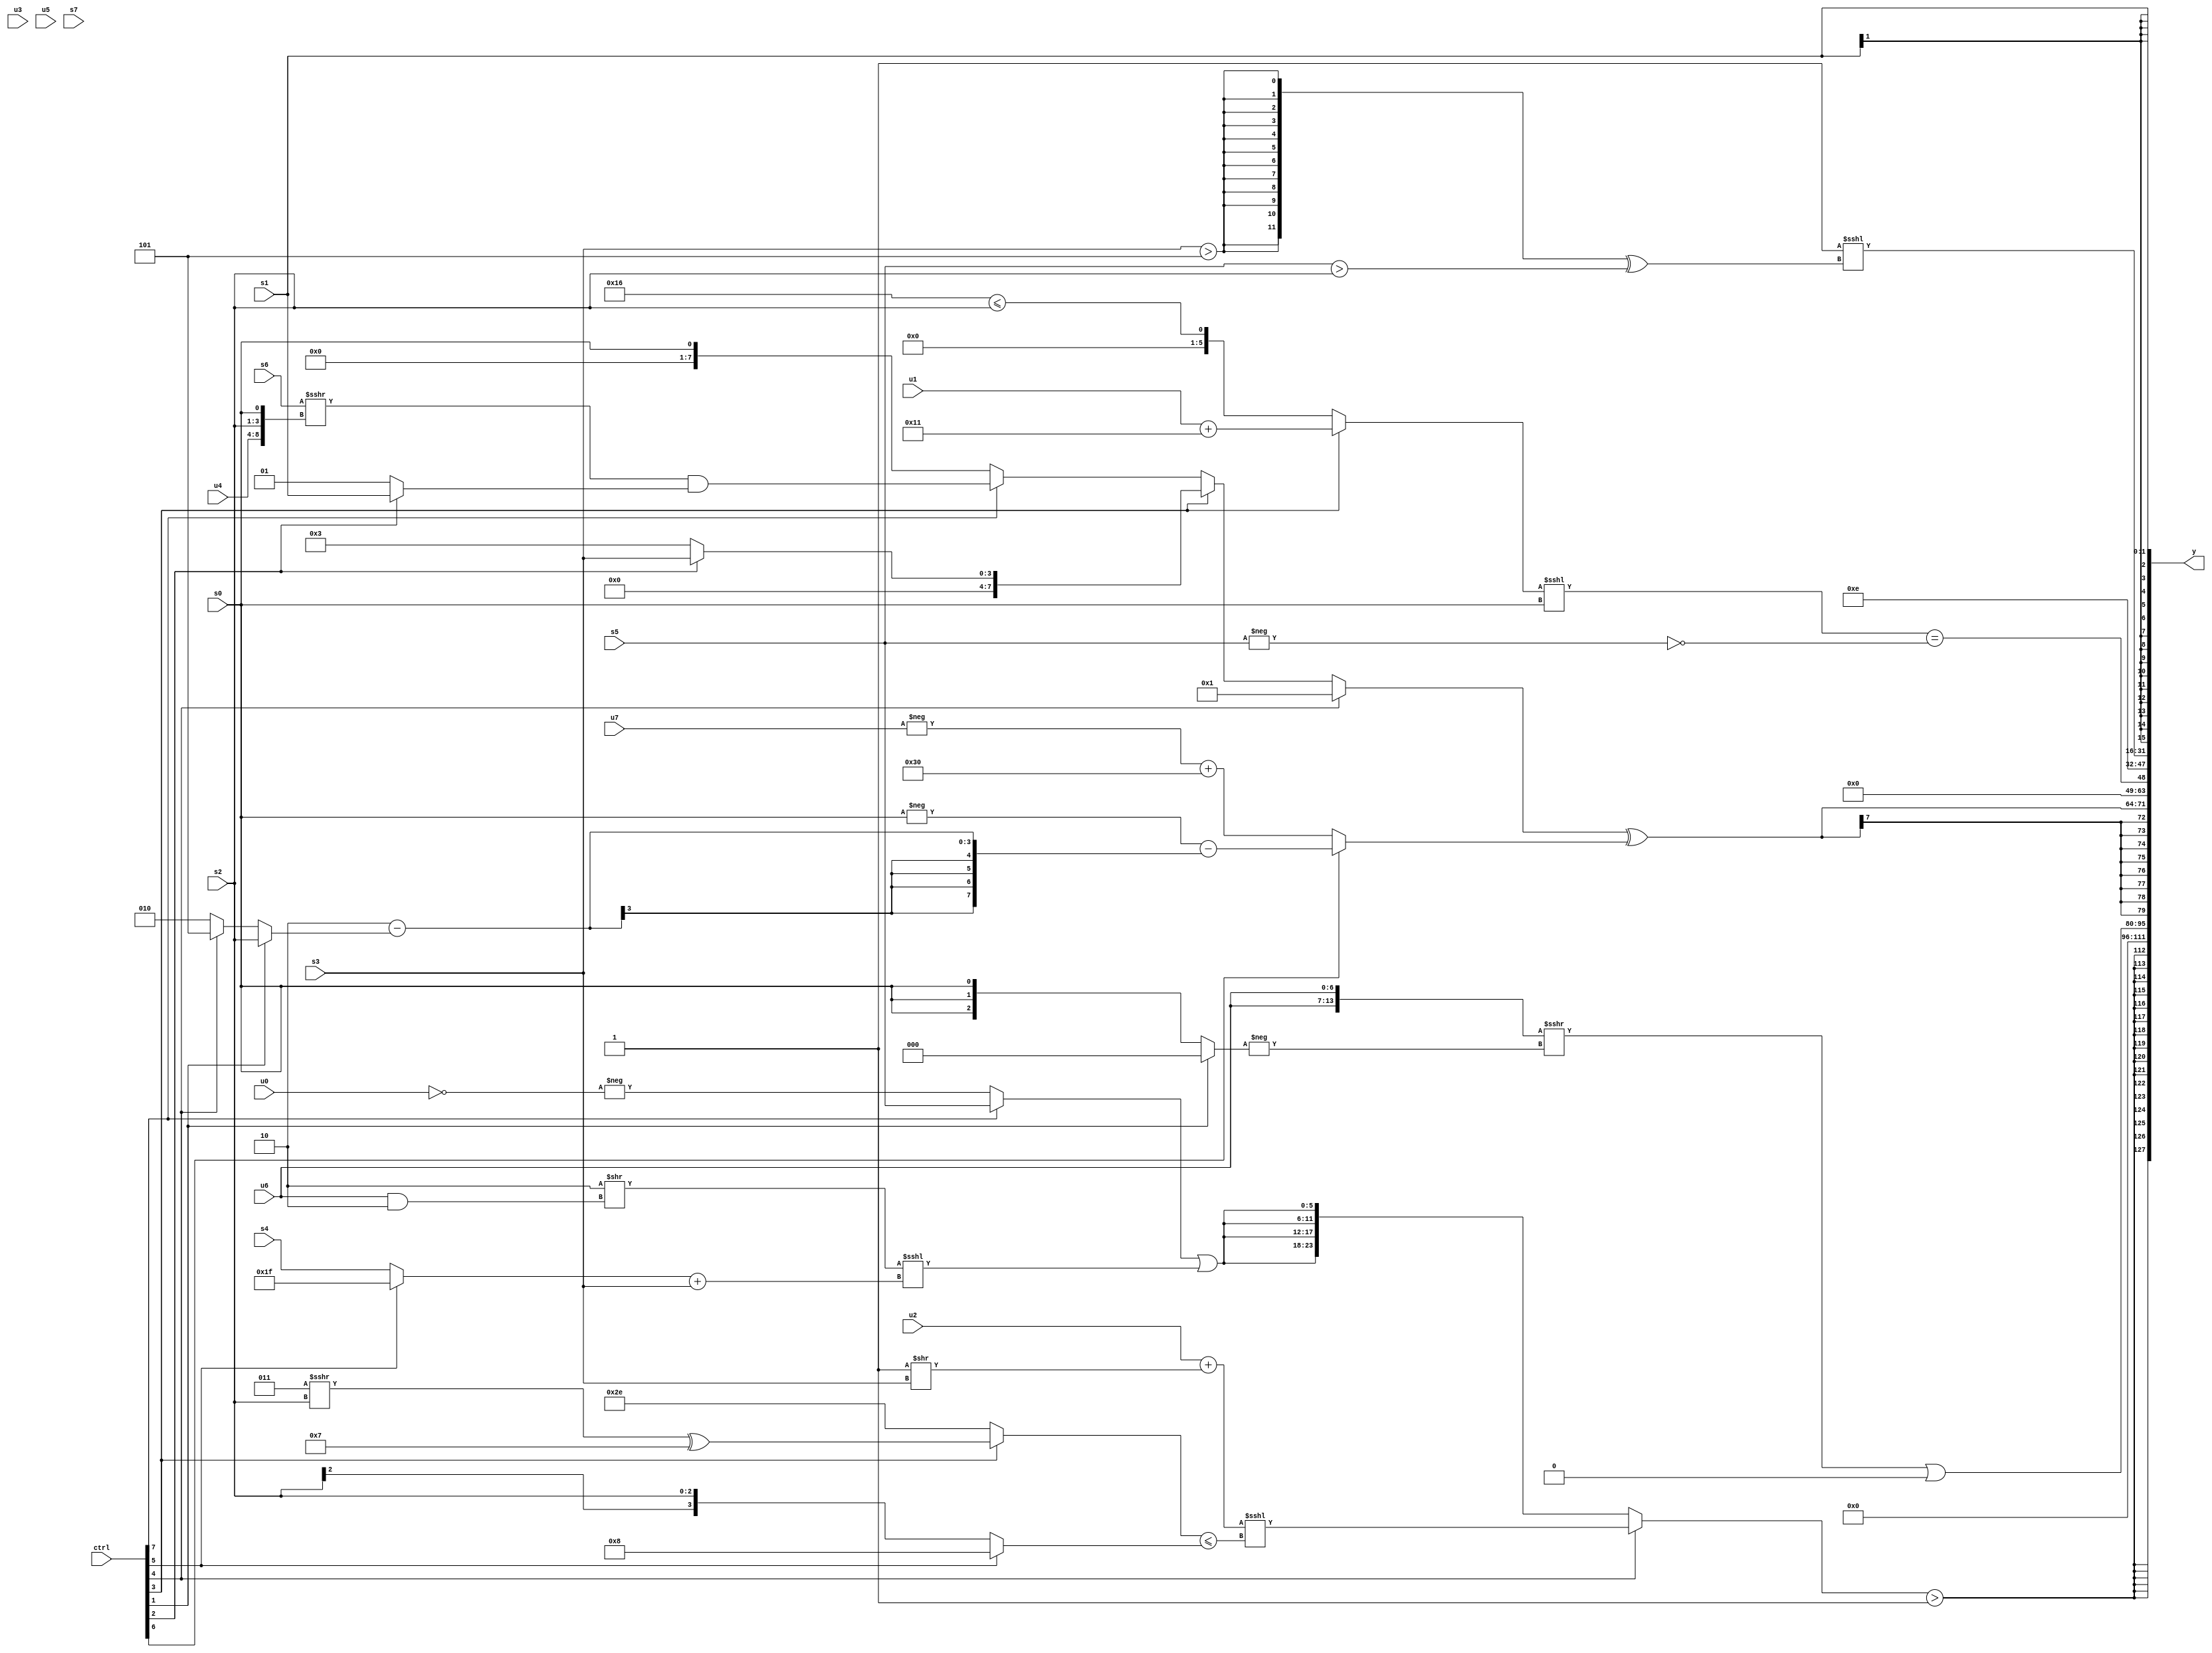
module wideexpr_00606(ctrl, u0, u1, u2, u3, u4, u5, u6, u7, s0, s1, s2, s3, s4, s5, s6, s7, y);
  input [7:0] ctrl;
  input [0:0] u0;
  input [1:0] u1;
  input [2:0] u2;
  input [3:0] u3;
  input [4:0] u4;
  input [5:0] u5;
  input [6:0] u6;
  input [7:0] u7;
  input signed [0:0] s0;
  input signed [1:0] s1;
  input signed [2:0] s2;
  input signed [3:0] s3;
  input signed [4:0] s4;
  input signed [5:0] s5;
  input signed [6:0] s6;
  input signed [7:0] s7;
  output [127:0] y;
  wire [15:0] y0;
  wire [15:0] y1;
  wire [15:0] y2;
  wire [15:0] y3;
  wire [15:0] y4;
  wire [15:0] y5;
  wire [15:0] y6;
  wire [15:0] y7;
  assign y = {y0,y1,y2,y3,y4,y5,y6,y7};
  assign y0 = $signed(((ctrl[4]?((u2)+((1'sb1)>>($signed(s3))))<<<(((ctrl[3]?((3'sb011)>>>(s2))^((5'sb00101)|(4'sb0011)):-(6'sb010010)))<=($signed(+((ctrl[5]?4'sb1000:s2))))):{4{((ctrl[7]?s5:-((u0)!=(1'b1))))|((((ctrl[2]?5'sb00010:5'sb00010))>>((u6)&(4'b0010)))<<<(((ctrl[5]?1'sb1:s4))+(s3)))}}))>(|($signed(5'sb00100))));
  assign y1 = (3'b011)>>>(6'b001100);
  assign y2 = (({2{u6}})>>>(-($unsigned((ctrl[1]?((s2)>>>(6'b011100))<<<({4{3'sb100}}):s0)))))|(+(1'sb0));
  assign y3 = $signed($signed(((ctrl[4]?$signed($signed(3'sb001)):(ctrl[3]?+((ctrl[2]?s3:$signed(4'sb0011))):(ctrl[7]?((s6)>>>({u4,s2,s0}))&(+((ctrl[2]?s1:2'sb01))):(+(s0))|($signed((s5)>>(6'sb111100)))))))^((ctrl[6]?(-(s0))-(+((($signed(6'sb111010))&((1'sb1)^(3'sb111)))-((ctrl[1]?s2:(ctrl[4]?3'sb101:4'sb0010))))):(-(({1{u7}})<<<($signed((1'b0)>>(4'b1001)))))+((4'sb0100)+(6'sb101100))))));
  assign y4 = (((ctrl[3]?(ctrl[3]?(u1)+(6'sb010001):(s7)==(s7)):(-(6'sb101010))<=(s2)))<<<(+($signed(&(s0)))))==(!(-(s5)));
  assign y5 = 4'b1110;
  assign y6 = (1'sb1)<<<(({3{$signed({1{{4{{1{(s3)>($signed(3'sb101))}}}}}})}})^((s5)>(s2)));
  assign y7 = s1;
endmodule